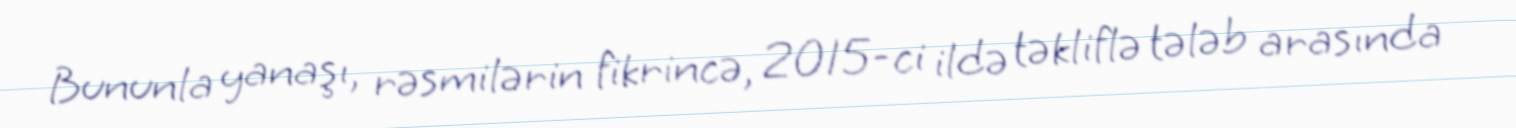
Bununla yanaşı, rəsmilərin fikrincə, 2015-ci ildə təkliflə tələb arasında